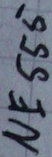
Text: NE555